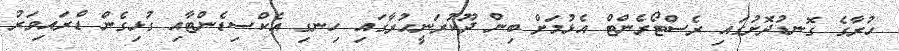
ހުރާގެ ގޮނޑުދޮށުގައި ރެސްޓޯރެންޓް އެޅުމަށް ބިން ދޫކުރަނީހުރާގައި ހިނގި އެކްސިޑެންޓާއި ގުޅިގެން ޑްރައިވަރު